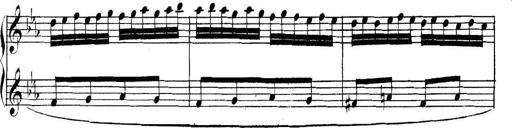
Title: Collected Piano Sonatas
Composer: Muzio Clementi